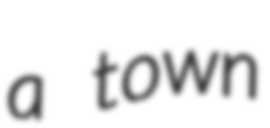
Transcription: a town